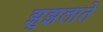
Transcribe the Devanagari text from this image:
झुझलाते